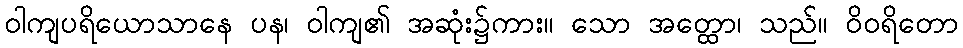
ဝါကျပရိယောသာနေ ပန၊ ဝါကျ၏ အဆုံး၌ကား။ သော အတ္ထော၊ သည်။ ဝိဝရိတော